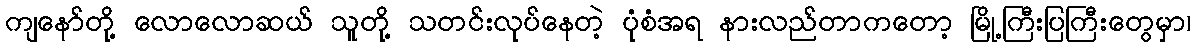
ကျနော်တို့ လောလောဆယ် သူတို့ သတင်းလုပ်နေတဲ့ ပုံစံအရ နားလည်တာကတော့ မြို့ကြီးပြကြီးတွေမှာ၊